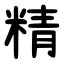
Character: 精